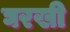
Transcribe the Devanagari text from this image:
घरखी